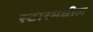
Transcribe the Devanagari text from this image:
स्टारमधील